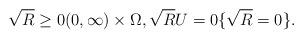
LaTeX: \begin{align*}\sqrt{R} \ge 0 (0,\infty)\times \Omega, \sqrt{R}U=0 \{\sqrt{R} = 0 \}.\end{align*}